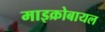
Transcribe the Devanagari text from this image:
माइक्रोबायल